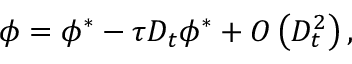
\phi = { \phi ^ { * } } - \tau { D _ { t } } { \phi ^ { * } } + O \left( { D _ { t } ^ { 2 } } \right) ,